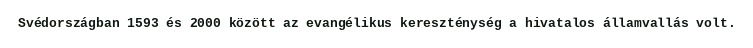
Svédországban 1593 és 2000 között az evangélikus kereszténység a hivatalos államvallás volt.